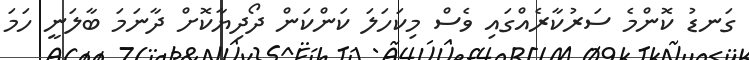
ގަނޑު ކޮންމެ ސަރުކާރެއްގައި ވެސް މިކަހަލަ ކަންކަން ދޯދިޔާކޮށް ދާނަމަ ބާލަނީ ހަމަ